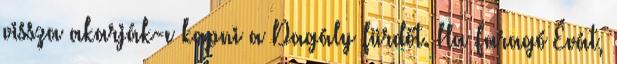
vissza akarják-e kapni a Dagály fürdőt. Ha Faragó Évát,